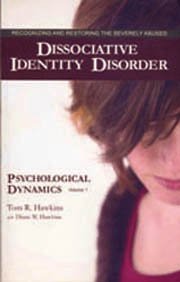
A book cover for Dissociative Identity Disorder: Recognizing and Restoring the Severely Abused (Volume 1: Psychological Dynamics); Tom Hawkins; Health, Fitness & Dieting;